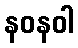
နဝနဝါ